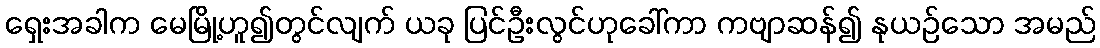
ရှေးအခါက မေမြို့ဟူ၍တွင်လျက် ယခု ပြင်ဦးလွင်ဟုခေါ်ကာ ကဗျာဆန်၍ နုယဉ်သော အမည်